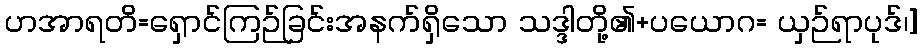
ဟအာရတိ=ရှောင်ကြဉ်ခြင်းအနက်ရှိသော သဒ္ဒါတို့၏+ပယောဂ= ယှဉ်ရာပုဒ်၊]